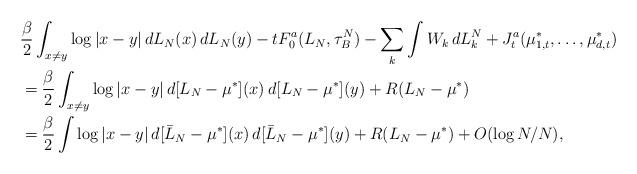
LaTeX: \begin{align*}&\frac{\beta}{2}\int_{x\neq y} \log |x-y|\,dL_N(x)\, dL_N(y)-tF_0^a(L_N,\tau_B^N)-\sum_k\int W_k \,dL_k^N+J^a_t(\mu_{1,t}^*,\ldots,\mu_{d,t}^*)\\&=\frac{\beta}{2}\int_{x\neq y}\log |x-y|\,d[L_N-\mu^*](x)\,d[L_N-\mu^*](y)+R(L_N-\mu^*)\\&= \frac{\beta}{2}\int\log|x-y|\,d[\bar L_N-\mu^*](x)\,d[\bar L_N-\mu^*](y)+R(L_N-\mu^*)+O(\log N/N),\end{align*}